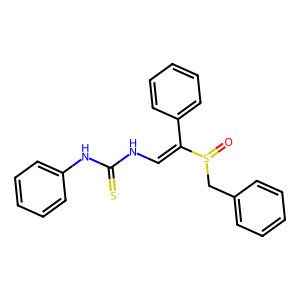
SMILES: O=S(Cc1ccccc1)C(=CNC(=S)Nc1ccccc1)c1ccccc1
Inhibits HIV replication: No